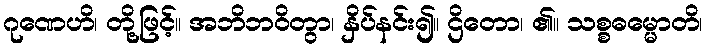
ဂုဏေဟိ၊ တို့ဖြင့်။ အဘိဘဝိတွာ၊ နှိပ်နင်း၍။ ဌိတော၊ ၏။ သစ္စဓမ္မောတိ၊